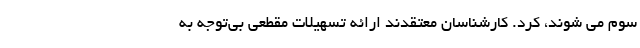
سوم می شوند، کرد. کارشناسان معتقدند ارائه تسهیلات مقطعی بی‌توجه به